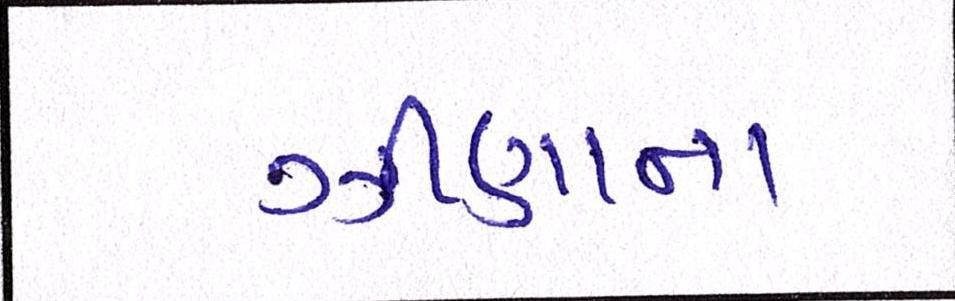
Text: ઝીણાના